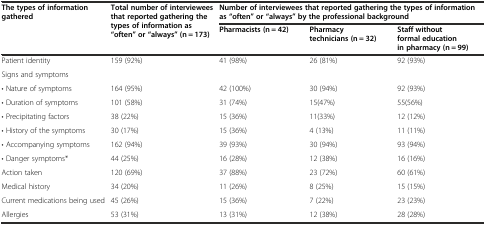
| <ROWSPAN=2> The types of information gathered | <ROWSPAN=2-COLSPAN=2> Total number of interviewees that reported gathering the types of information as “often” or “always” (n = 173) | <COLSPAN=3> Number of interviewees that reported gathering the types of information as “often” or “always” by the professional background |
 | Pharmacists (n = 42) | Pharmacy technicians (n = 32) | Staff without formal education in pharmacy (n = 99) |
 | --- | --- | --- | --- | --- | --- |
 | Patient identity | <COLSPAN=2> 159 (92%) | 41 (98%) | 26 (81%) | 92 (93%) |
 | Signs and symptoms |  |  |  |  |  |
 | • Nature of symptoms | <COLSPAN=2> 164 (95%) | 42 (100%) | 30 (94%) | 92 (93%) |
 | • Duration of symptoms | <COLSPAN=2> 101 (58%) | 31 (74%) | 15(47%) | 55(56%) |
 | • Precipitating factors | <COLSPAN=2> 38 (22%) | 15 (36%) | 11(33%) | 12 (12%) |
 | • History of the symptoms | <COLSPAN=2> 30 (17%) | 15 (36%) | 4 (13%) | 11 (11%) |
 | • Accompanying symptoms | <COLSPAN=2> 162 (94%) | 39 (93%) | 30 (94%) | 93 (94%) |
 | • Danger symptoms* | <COLSPAN=2> 44 (25%) | 16 (28%) | 12 (38%) | 16 (16%) |
 | Action taken | <COLSPAN=2> 120 (69%) | 37 (88%) | 23 (72%) | 60 (61%) |
 | Medical history | <COLSPAN=2> 34 (20%) | 11 (26%) | 8 (25%) | 15 (15%) |
 | Current medications being used | <COLSPAN=2> 45 (26%) | 15 (36%) | 7 (22%) | 23 (23%) |
 | Allergies | <COLSPAN=2> 53 (31%) | 13 (31%) | 12 (38%) | 28 (28%) |